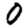
Digit: 0